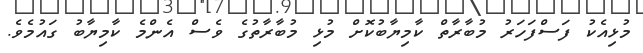
މުޅިއެކު ފަސްފަހަރު މުބާރާތް ކާމިޔާބުކޮށް މުޅި މުބާރާތުގެ ވެސް އެންމެ ކާމިޔާބު ގައުމެވެ.